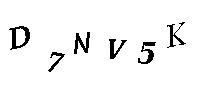
D7NV5K